Report of the Municipal Commissioner on the plague in Bombay for the year ending 31st May... - Volume 1
Disease focus: Plague
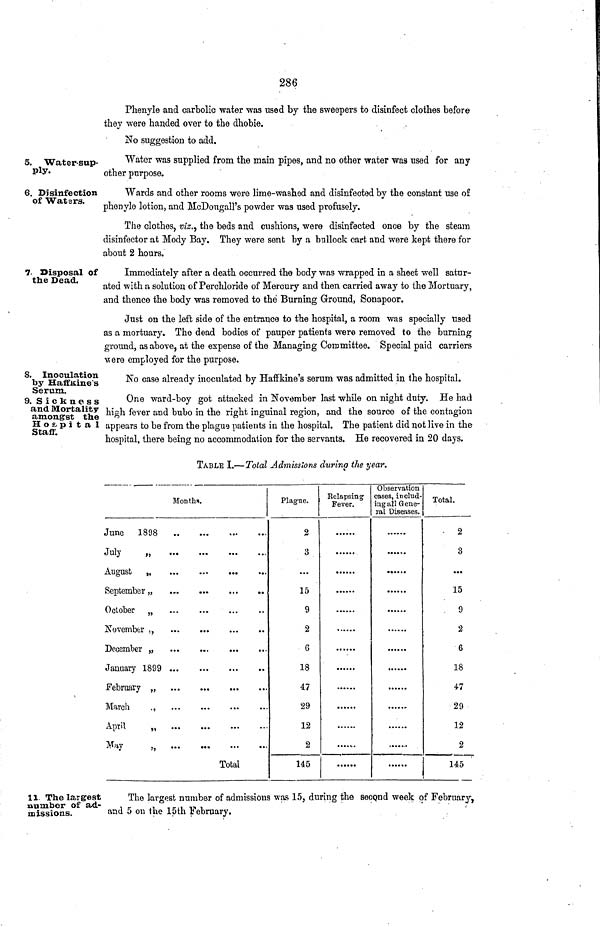
286
Phenyle and carbolic water was used by the sweepers to disinfect clothes before
they were handed over to the dhobie.
No suggestion to add.
5. Water-sup-
ply.
Water was supplied from the main pipes, and no other water was used for any
other purpose.
6. Disinfection
of Waters.
Wards and other rooms were lime-washed and disinfected by the constant use of
phenyle lotion, and McDougall's powder was used profusely.
The clothes, viz., the beds and cushions, were disinfected once by the steam
disinfector at Mody Bay. They were sent by a bullock cart and were kept there for
about 2 hours.
7. Disposal of
the Dead.
Immediately after a death occurred the body was wrapped in a sheet well satur-
ated with a solution of Perchloride of Mercury and then carried away to the Mortuary,
and thence the body was removed to the Burning Ground, Sonapoor.
Just on the left side of the entrance to the hospital, a room was specially used
as a mortuary. The dead bodies of pauper patients were removed to the burning
ground, as above, at the expense of the Managing Committee. Special paid carriers
were employed for the purpose.
8. Inoculation
by Haffkine s
Serum.
No case already inoculated by Haffkine's serum was admitted in the hospital.
9. Sickness
and Mortality
amongst the
Ho s, pita 1
Staff.
One ward-boy got attacked in November last while on night duty. He had
high fever and bubo in the right inguinal region, and the source of the contagion
appears to be from the plague patients in the hospital. The patient did not live in the
hospital, there being no accommodation for the servants. He recovered in 20 days.
TABLE I.—Total Admissions during the year.
Months.
June
1898
July
„
August
„
...
...
...
September,,
October „
December „
January 1899
February „
March
.,
April
„
May
„
Total
Plague.
2
3
...
15
9
2
6
18
47
29
12
2
145
Relapsing
Fever.
......
......
......
......
Observation
cases, includ-
ing all Gene-
ral Diseases.
......
······
Total.
2
3
···
15
9
2
6
18
47
29
12
2
145
11. The largest
number of ad-
missions.
The largest number of admissions was 15, during the second week of February,
and 5 on the 15th February.